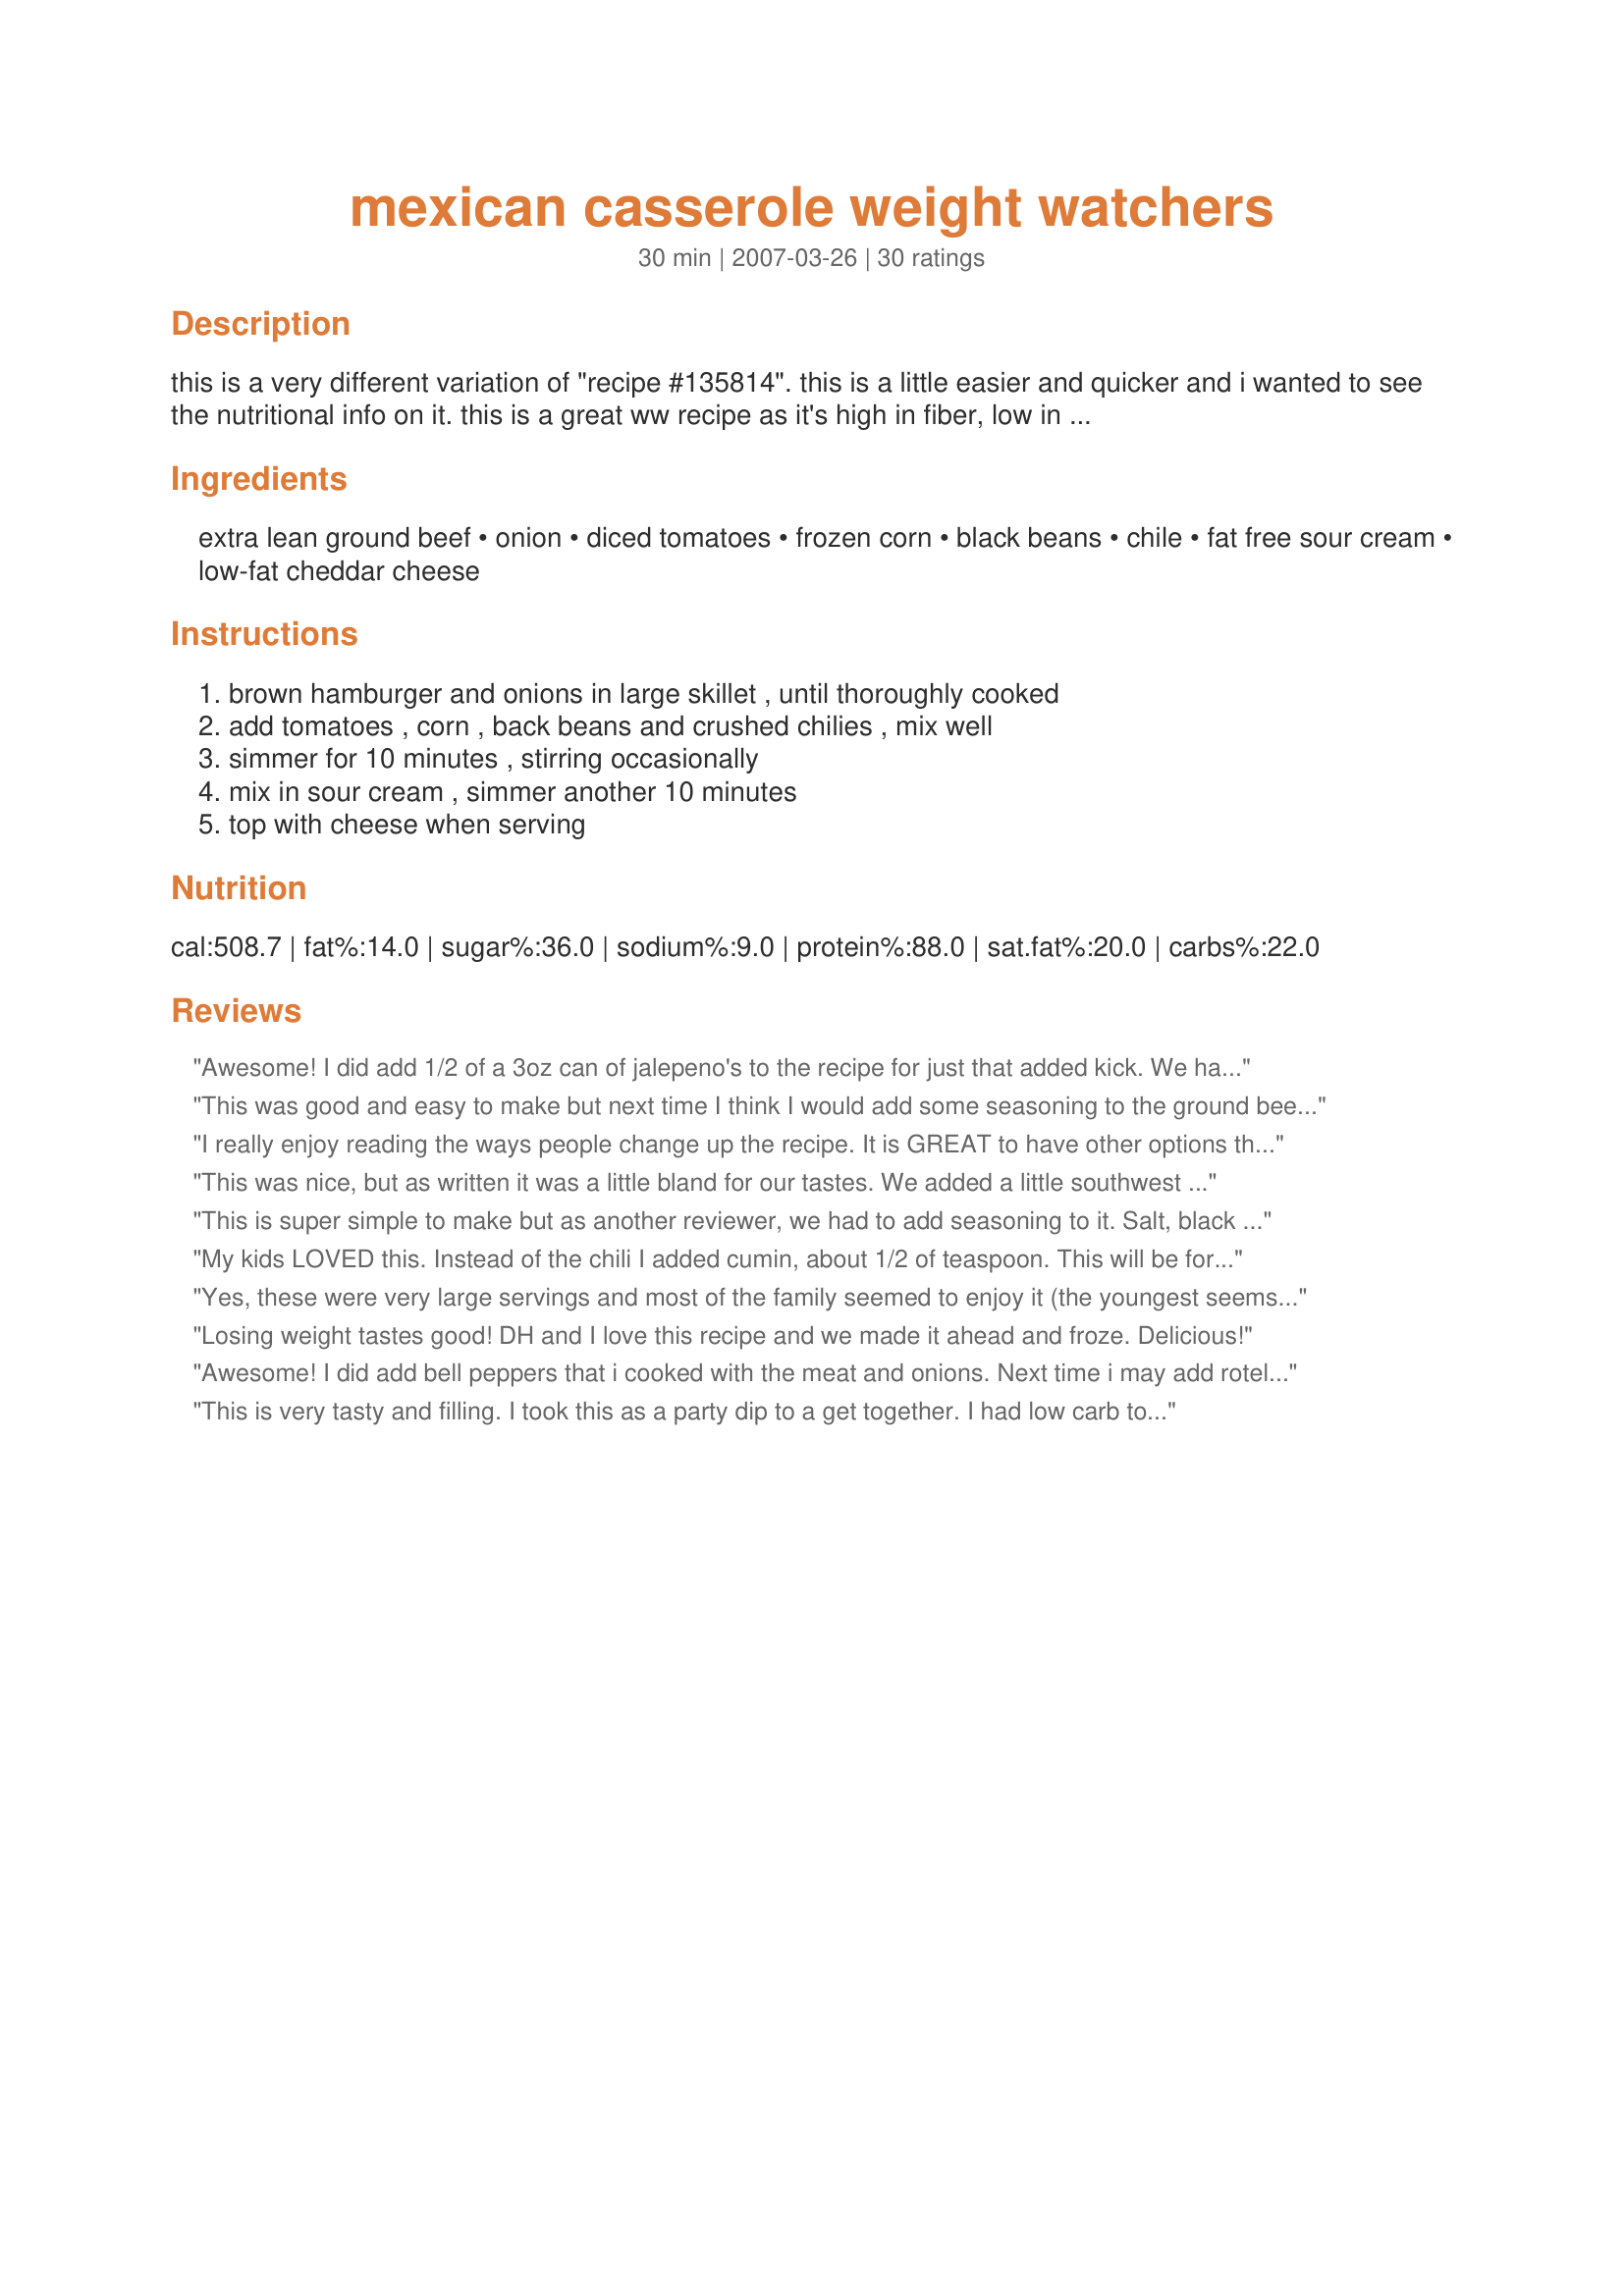
mexican casserole weight watchers
Preparation time: 30 minutes

this is a very different variation of "recipe #135814". this is a little easier and quicker and i wanted to see the nutritional info on it. this is a great ww recipe as it's high in fiber, low in fat and is very filling. this can be oamc as it freezes and reheats well after cooking. i havn't tried freezing before cooking though. it could also easily be made vegetarian simply by subbing the hamburger for another type of bean or meat substitute. edited to add that these are *very* large servings and i calculated them to be only 7.5 points each if calculated using only 4 servings.

Ingredients:
extra lean ground beef, onion, diced tomatoes, frozen corn, black beans, chile, fat free sour cream, low-fat cheddar cheese

Steps:
brown hamburger and onions in large skillet , until thoroughly cooked, add tomatoes , corn , back beans and crushed chilies , mix well, simmer for 10 minutes , stirring occasionally, mix in sour cream , simmer another 10 minutes, top with cheese when serving

Reviews:
Awesome! I did add 1/2 of a 3oz can of jalepeno's to the recipe for just that added kick. We had smaller portions and made it into tacos but I could easily see leftovers served with lettuce for a taco salad for lunch. It filled my skillet, so it's more than enough for four - if not six. Also, may try adding Rosarita 98% Fat Free Spicy Refried beans - 2pts for 1/2 cp.
This was good and easy to make but next time I think I would add some seasoning to the ground beef like maybe some taco seasoning. I think my family would have enjoyed it a bit more also if it had some pasta in it. I followed the recipe exactly as written other then I used regular sour cream and cheddar cheese as that is what I had on hand.
I really enjoy reading the ways people change up the recipe. It is GREAT to have other options that people have tried and had success with. Thanks for posting all the great add on's or substitutions you make. It helps me a lot!
This was nice, but as written it was a little bland for our tastes. We added a little southwest seasoning and dash of salt while cooking, and a few dashes of hot sauce before serving, and really like it with those additions.
This is super simple to make but as another reviewer, we had to add seasoning to it. Salt, black pepper, some chili powder, and a bit of garlic powder. Although we drained the beef before adding the veggies and sour cream, it was more of a soup but it does go well with tortilla chips. :)
My kids LOVED this. Instead of the chili I added cumin, about 1/2 of teaspoon. This will be forever on my simple, quick and delicious menus. I added cooked white rice into the mix before serving. It was good. My family really likes Mexican red rice so I prepare that for round 2. Thanks Sam #3!
Yes, these were very large servings and most of the family seemed to enjoy it (the youngest seems to think he's a vegetarian). We still wanted to scoop it with tortillas, so I will try the other WW variation that includes them. This was fast, simple, and tasty enough to repeat again. Thanks for posting!
Losing weight tastes good! DH and I love this recipe and we made it ahead and froze. Delicious!
Awesome! I did add bell peppers that i cooked with the meat and onions. Next time i may add rotel next time
This is very tasty and filling. I took this as a party dip to a get together. I had low carb tortillas in the fridge, so I cut in strips and made baked them until crispy. I did add Cumin, and more chili powder. I also added about 3/4C of Medium Chunky Salsa.
This was really good! Since others commented on seasoning, I added about a tblsp garlic salt, and used 2 cans of Rotel (one mild one Mexican) in place of the tomatoes and chile. I also used ground turkey instead of beef, my personal preference. Overall, a great recipe! Thanks!
Very good and filling! I used tomatoes w/jalapenos added and WW Mexican cheese. Delish! Thanks for sharing!
I just finished having this for dinner. It is absolutely fabulous. DELISH!!! The only thing I added was additional spices for my taste. And I might add, the size of helpings were more than adequate. Since I cook for one, my freezer is holding the rest for the next time I want a spicy Mexican dish. I didn't add the sour cream and cheese to the servings I froze. I'll add that when I thaw and re-heat.
THX, Sam #3.
I really enjoyed this. I ate it with tortilla chips. DH thought it was okay, but he doesn't like to know he's "eating healthy" LOL. Anyway, I will be making this again. Thanks so much for sharing. Made for Please Review My Recipe Tag game.
I get 9 points per serving. It might be because you can only count the first 4 points of fiber. I also checked this on the weight watchers site and got 9 points.
This was really good. It is light and has sweetness of the corn that balance it out well. I used frozen corn instead of canned and plain greek yogurt to sub for the sour cream. Leftovers were good, too.
This was a very filling meal! Perfect for a weeknight fast meal! Thanks Sam! :)
This was great. I added 1/2 of the corn to the casserole, and added a cornbread topping using the rest of the corn. I put the cheese on before I put the cornbread over the casserole and placed it in the oven at the directions on the cornbread box. I also added homeny to the casserole itself, and Uncle Ben's spanish rice (I would boil the rice before putting in the casserole, I didn't and not all the rice was completely cooked). But my family loved it and my mom went straight home and made more the next day for herself.
More of a chili than a casserole but it was really enjoyed! Following the advice of some of the other reviewers I added a packet of taco seasoning to the ground beef. Thanks for posting!
Great recipe...fast and easy to cook. Makes a lot more than my large family could eat, so we're freezing some to reheat another time. We added a little taco seasoning and salt, cumin and pepper to taste and it really added to the flavor. I agree with some of the other reviews that say this comes out less "casserole" and more "chili" or "stew", but it's still delicious and a big hit with my teenage daughters!
We really enjoyed this recipe. I omitted chiles and added about 8oz of salsa that I was needing to use up and served with some cheesy bread. This had a nice, mild flavor. My kids were skeptical, but ended up enjoying it as well. Thanks for the recipe, Sam!
I liked this recipe. Next time I will add taco seasoning to add more Mexican flavor.
This recipe is 13 points on Weight Watchers' Point Plus program
Wonderful comfort food. Instead of using sour cream I used 1/2 cup 1 % yougurt(plain) and 1% cottaged cheese - worked well. I didn't add any cheese at the end. We really enjoyed this dish- upped the chili a bit. Definately a do again recipe
Made this for me and my husband. I'm making him eat healthier. I though it was pretty good, but he thought it was just ok. Added some jalapeno sour cream to give it a bit of a kick for him. Would definitely make again, though!
First of all, dear reviewers out there, when you review a recipe, make it for the actual recipe. When you add salsa and taco chips, substitute ground turkey for beef, add taco seasoning, etc., you are not reviewing the recipe!<br/><br/>I made this exactly as written, with no substituted ingredients, for my teenaged son (who needs to lose a few pounds) and myself. It is not a "casserole," which is baked in an oven, but more on the order of Hamburger Helper. It came out as a bland greyish mess, completely unappetizing, and like something that would be served on metal trays in a prison cafeteria. I would not recommend this to anyone. My son was a good sport and ate it, but said, "not my favorite, Mom." I ended up eating the leftovers at lunch for three days so I wouldn't waste the food or the money I spent at the grocery store. The ACTUAL Weight Watchers Mexican Casserole recipe looks pretty good, so I may try that one, but do yourselves a favor out there and do not make this!!
I had some ground beef I needed to use and so I gave this a try. I decided to make it more of a casserole by layering the mixture with tortillas in a casserole dish and baking. I also mixed the ground beef with taco seasoning to give it some more flavor. All in all a very good recipe. I figured for 6 servings it came out to be 5 points a serving. Thanks for posting:)
I love this recipe! We all like it at our house. My farmers eat it with cornbread (I didn't tell them it was WW) and I like it on lettuce as a southwest salad. It is one of the few things that I will eat as leftovers. Yum! Thanks for sharing it.
My daughter prepared this recipe tonight since I wasn't feeling well. She didn't have diced tomatoes so she used mexican stewed tomatoes and no chilis using ground turkey breast (used what was thawed). We loved it! It was so good. Our birds enjoyed it too. Thank you for sharing.
This turned out really good! But I did need to add alot of extra seasoning to get it to a 5 rating. I added seasoned salt, pepper, garlic, cumin and and extra chili powder. With those additions it was wonderful! It was so easy my kids helped me. We ate this with tortilla chips and it was fabulous that way! My daughter wants this for her b-day dinner! Thanks for a great recipe!
